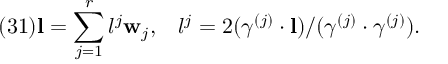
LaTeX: ( 3 1 ) { \bf l } = \sum _ { j = 1 } ^ { r } l ^ { j } { \bf w } _ { j } , \; \; \; l ^ { j } = 2 ( \gamma ^ { ( j ) } \cdot { \bf l } ) / ( \gamma ^ { ( j ) } \cdot \gamma ^ { ( j ) } ) .